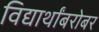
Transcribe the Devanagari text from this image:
विद्यार्थांबरोबर